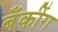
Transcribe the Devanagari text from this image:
बॅँकींग